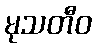
မုသတီဝ